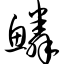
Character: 鳞